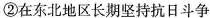
②在东北地区长期坚持抗日斗争